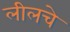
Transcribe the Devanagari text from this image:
लीलचे